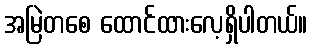
အမြဲတစေ ထောင်ထားလေ့ရှိပါတယ်။